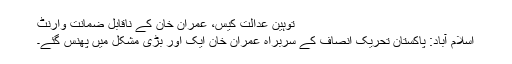
توہین عدالت کیس، عمران خان کے ناقابل ضمانت وارنٹ
اسلام آباد: پاکستان تحریک انصاف کے سربراہ عمران خان ایک اور بڑی مشکل میں پھنس گئے۔